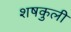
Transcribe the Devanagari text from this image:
शषकुली